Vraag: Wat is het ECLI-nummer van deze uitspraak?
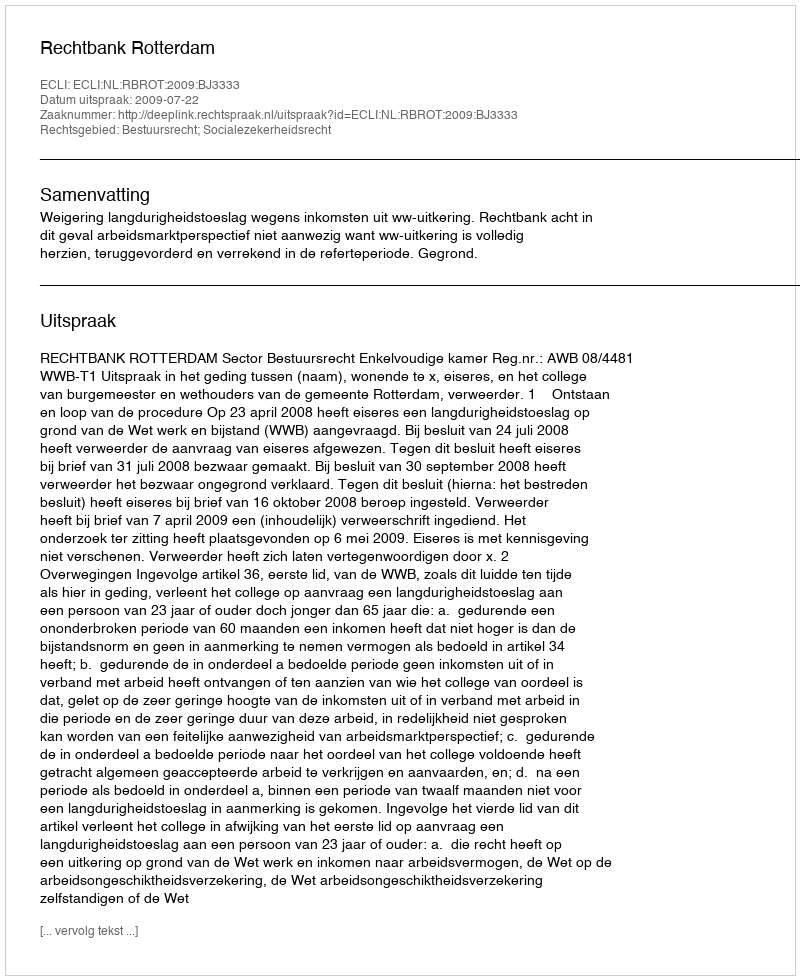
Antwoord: ECLI:NL:RBROT:2009:BJ3333